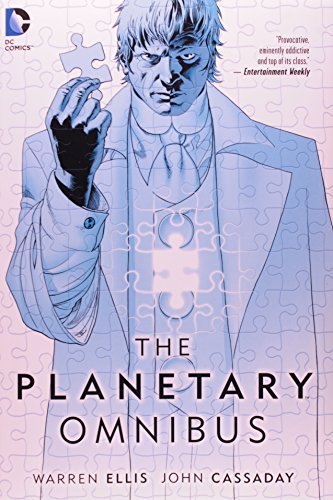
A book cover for The Planetary Omnibus; Warren Ellis; Comics & Graphic Novels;